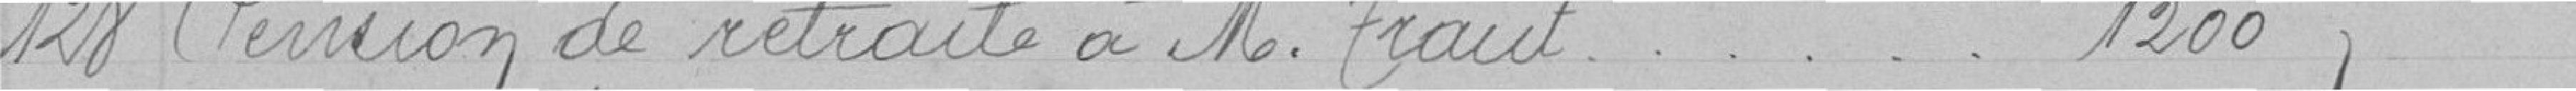
128 Pension de retraite à Monsieur Traut      1200,